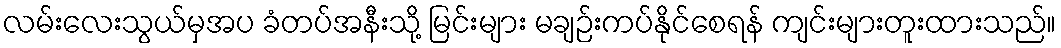
လမ်းလေးသွယ်မှအပ ခံတပ်အနီးသို့ မြင်းများ မချဉ်းကပ်နိုင်စေရန် ကျင်းများတူးထားသည်။